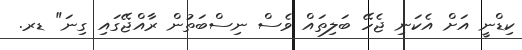
ކިޑްނީ އަށް އެކަނި ޖެހޭ ބަލިތައް ވެސް ނިސްބަތުން ރާއްޖޭގައި ގިނަ" ޑރ.